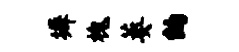
墀槐萎纳